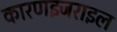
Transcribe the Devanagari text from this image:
कारणइजराइल